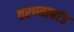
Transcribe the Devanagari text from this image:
तरण्याबांड